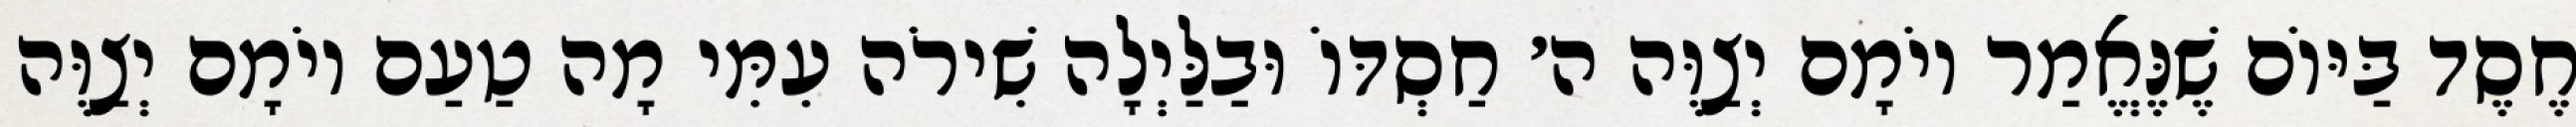
חֶסֶד בַּיּוֹם שֶׁנֶּאֱמַר יוֹמָם יְצַוֶּה ה׳ חַסְדּוֹ וּבַלַּיְלָה שִׁירֹה עִמִּי מָה טַעַם יוֹמָם יְצַוֶּה